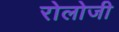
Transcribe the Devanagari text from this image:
रोलोजी